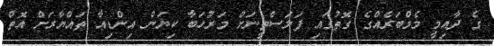
ގެ ދާއިމީ މެމްބަރެއްގެ ގޮތުގައި ފަލަސްތީނަށް މަރުހަބާ ކިޔަން އިންޑިއާ ތައްޔާރަށް އޮތް